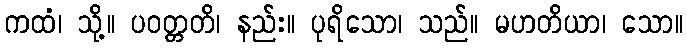
ကထံ၊ သို့။ ပဝတ္တတိ၊ နည်း။ ပုရိသော၊ သည်။ မဟတိယာ၊ သော။